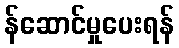
န်ဆောင်မှုပေးရန်